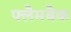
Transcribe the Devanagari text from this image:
फ्लैमबैक